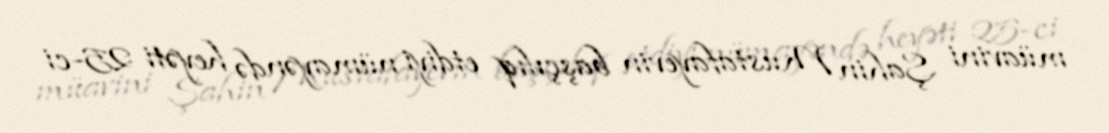
müavini Şahin Mustafayevin başçılıq etdiyi nümayəndə heyəti 25-ci